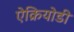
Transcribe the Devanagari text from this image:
ऐक्रियोडी